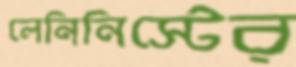
লেনিনিস্টের